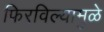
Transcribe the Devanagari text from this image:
फिरविल्यामुळे